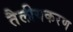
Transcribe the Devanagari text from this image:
तैलीयकरण